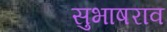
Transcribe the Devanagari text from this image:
सुभाषराव